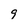
Character: 9